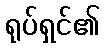
ရုပ်ရှင်၏